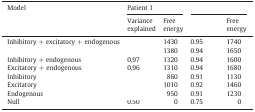
<table><thead><tr><td><b>Model</b></td><td colspan="2"><b>Patient 1</b></td><td colspan="2">[EMPTY_CELL]</td></tr><tr><td><b>Variance explained</b></td><td><b>Free energy</b></td><td>[EMPTY_CELL]</td><td><b>Free energy</b></td></tr></thead><tbody><tr><td>Inhibitory + excitatory + endogenous</td><td>[EMPTY_CELL]</td><td>1430</td><td>0.95</td><td>1740</td></tr><tr><td>[EMPTY_CELL]</td><td>[EMPTY_CELL]</td><td>1380</td><td>0.94</td><td>1650</td></tr><tr><td>Inhibitory + endogenous</td><td>0.97</td><td>1320</td><td>0.94</td><td>1600</td></tr><tr><td>Excitatory + endogenous</td><td>0.96</td><td>1310</td><td>0.94</td><td>1680</td></tr><tr><td>Inhibitory</td><td>[EMPTY_CELL]</td><td>860</td><td>0.91</td><td>1130</td></tr><tr><td>Excitatory</td><td>[EMPTY_CELL]</td><td>1010</td><td>0.92</td><td>1460</td></tr><tr><td>Endogenous</td><td>[EMPTY_CELL]</td><td>950</td><td>0.91</td><td>1230</td></tr><tr><td>Null</td><td>0.50</td><td>0</td><td>0.75</td><td>0</td></tr></tbody></table>